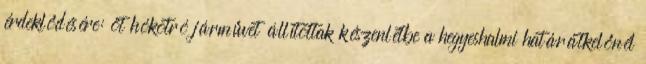
érdeklődésére: öt hókotró járművet állítottak készenlétbe a hegyeshalmi határátkelőnél